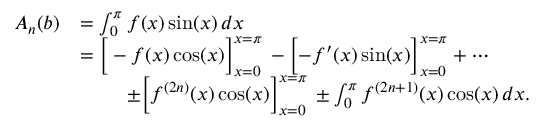
{ \begin{array} { r l } { A _ { n } ( b ) } & { = \int _ { 0 } ^ { \pi } f ( x ) \sin ( x ) \, d x } \\ & { = { \Big [ } - f ( x ) \cos ( x ) { \Big ] } _ { x = 0 } ^ { x = \pi } \, - { \Big [ } { - f ^ { \prime } ( x ) } \sin ( x ) { \Big ] } _ { x = 0 } ^ { x = \pi } + \cdots } \\ & { \ \qquad \pm { \Big [ } f ^ { ( 2 n ) } ( x ) \cos ( x ) { \Big ] } _ { x = 0 } ^ { x = \pi } \, \pm \int _ { 0 } ^ { \pi } f ^ { ( 2 n + 1 ) } ( x ) \cos ( x ) \, d x . } \end{array} }